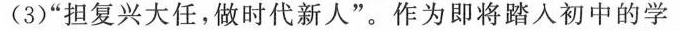
(3)”担复兴大任，做时代新人”。作为即将踏入初中的学